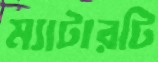
ম্যাটারটি